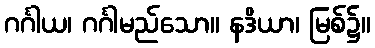
ဂင်္ဂါယ၊ ဂင်္ဂါမည်သော။ နဒိယာ၊ မြစ်၌။